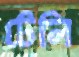
টেলি